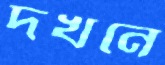
দখনে